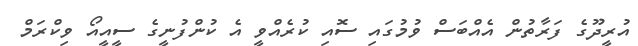
އުރީދޫގެ ފަރާތުން އެއްބަސް ވުމުގައި ސޮއި ކުރެއްވީ އެ ކުންފުނީގެ ސީއީއޯ ވިކްރަމް